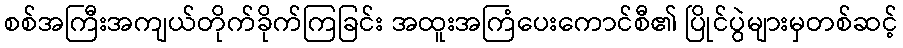
စစ်အကြီးအကျယ်တိုက်ခိုက်ကြခြင်း အထူးအကြံပေးကောင်စီ၏ ပြိုင်ပွဲများမှတစ်ဆင့်